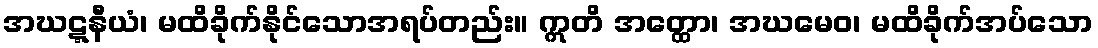
အဃဋ္ဋနီယံ၊ မထိခိုက်နိုင်သောအရပ်တည်း။ ဣတိ အတ္ထော၊ အဃမေဝ၊ မထိခိုက်အပ်သော